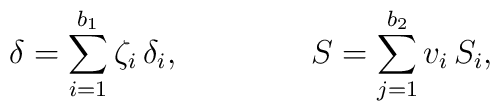
\delta= \sum_{i=1}^{b_1} \zeta_i \,  \delta_i , \qquad\qquad S=\sum_{j=1}^{b_2}v_i \,S_i,